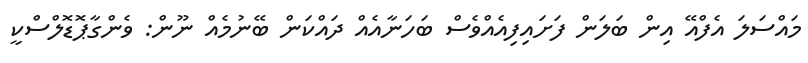
މައްސަލަ އެފްއޭ އިން ބަލަން ފަށައިފިއެއްވެސް ބަހަނާއެއް ދައްކަން ބޭނުމެއް ނޫން: ވެންގާޕޮޑޮލްސްކީ